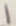
Text: 1